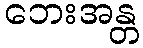
ဘေးအန္တ